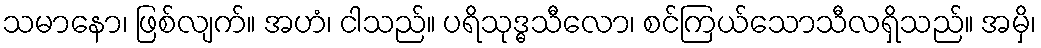
သမာနော၊ ဖြစ်လျက်။ အဟံ၊ ငါသည်။ ပရိသုဒ္ဓသီလော၊ စင်ကြယ်သောသီလရှိသည်။ အမှိ၊